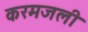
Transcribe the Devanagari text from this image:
करमजली